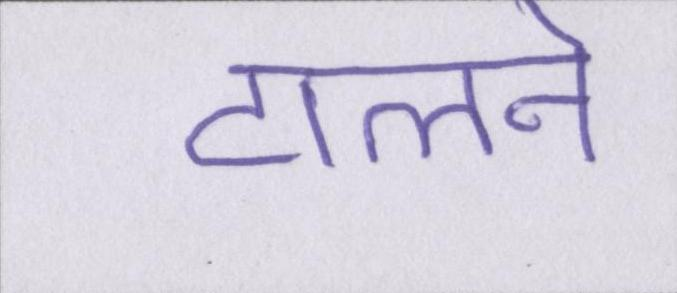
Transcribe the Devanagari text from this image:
टालने